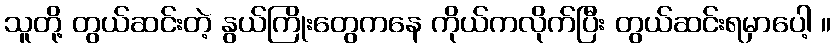
သူတို့ တွယ်ဆင်းတဲ့ နွယ်ကြိုးတွေကနေ ကိုယ်ကလိုက်ပြီး တွယ်ဆင်းရမှာပေါ့ ။